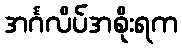
အင်္ဂလိပ်အစိုးရက